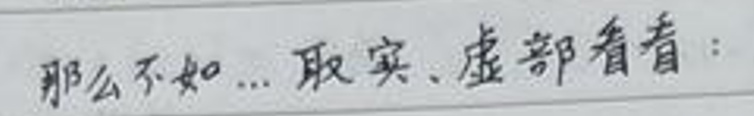
那么不如...取实、虚部看看：